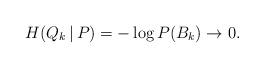
LaTeX: \begin{align*}H(Q_k\,|\,P) = -\log P(B_k) \to 0.\end{align*}